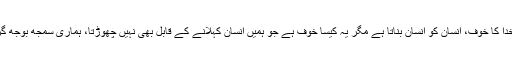
میرا ماننا ہے کہ خدا کا خوف، انسان کو انسان بناتا ہے مگر یہ کیسا خوف ہے جو ہمیں انسان کہلانے کے قابل بھی نہیں چھوڑتا، ہماری سمجھ بوجھ گروی رکھ لیتا ہے؟